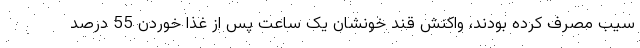
سیب مصرف کرده بودند، واکنش قند خونشان یک ساعت پس از غذا خوردن 55 درصد